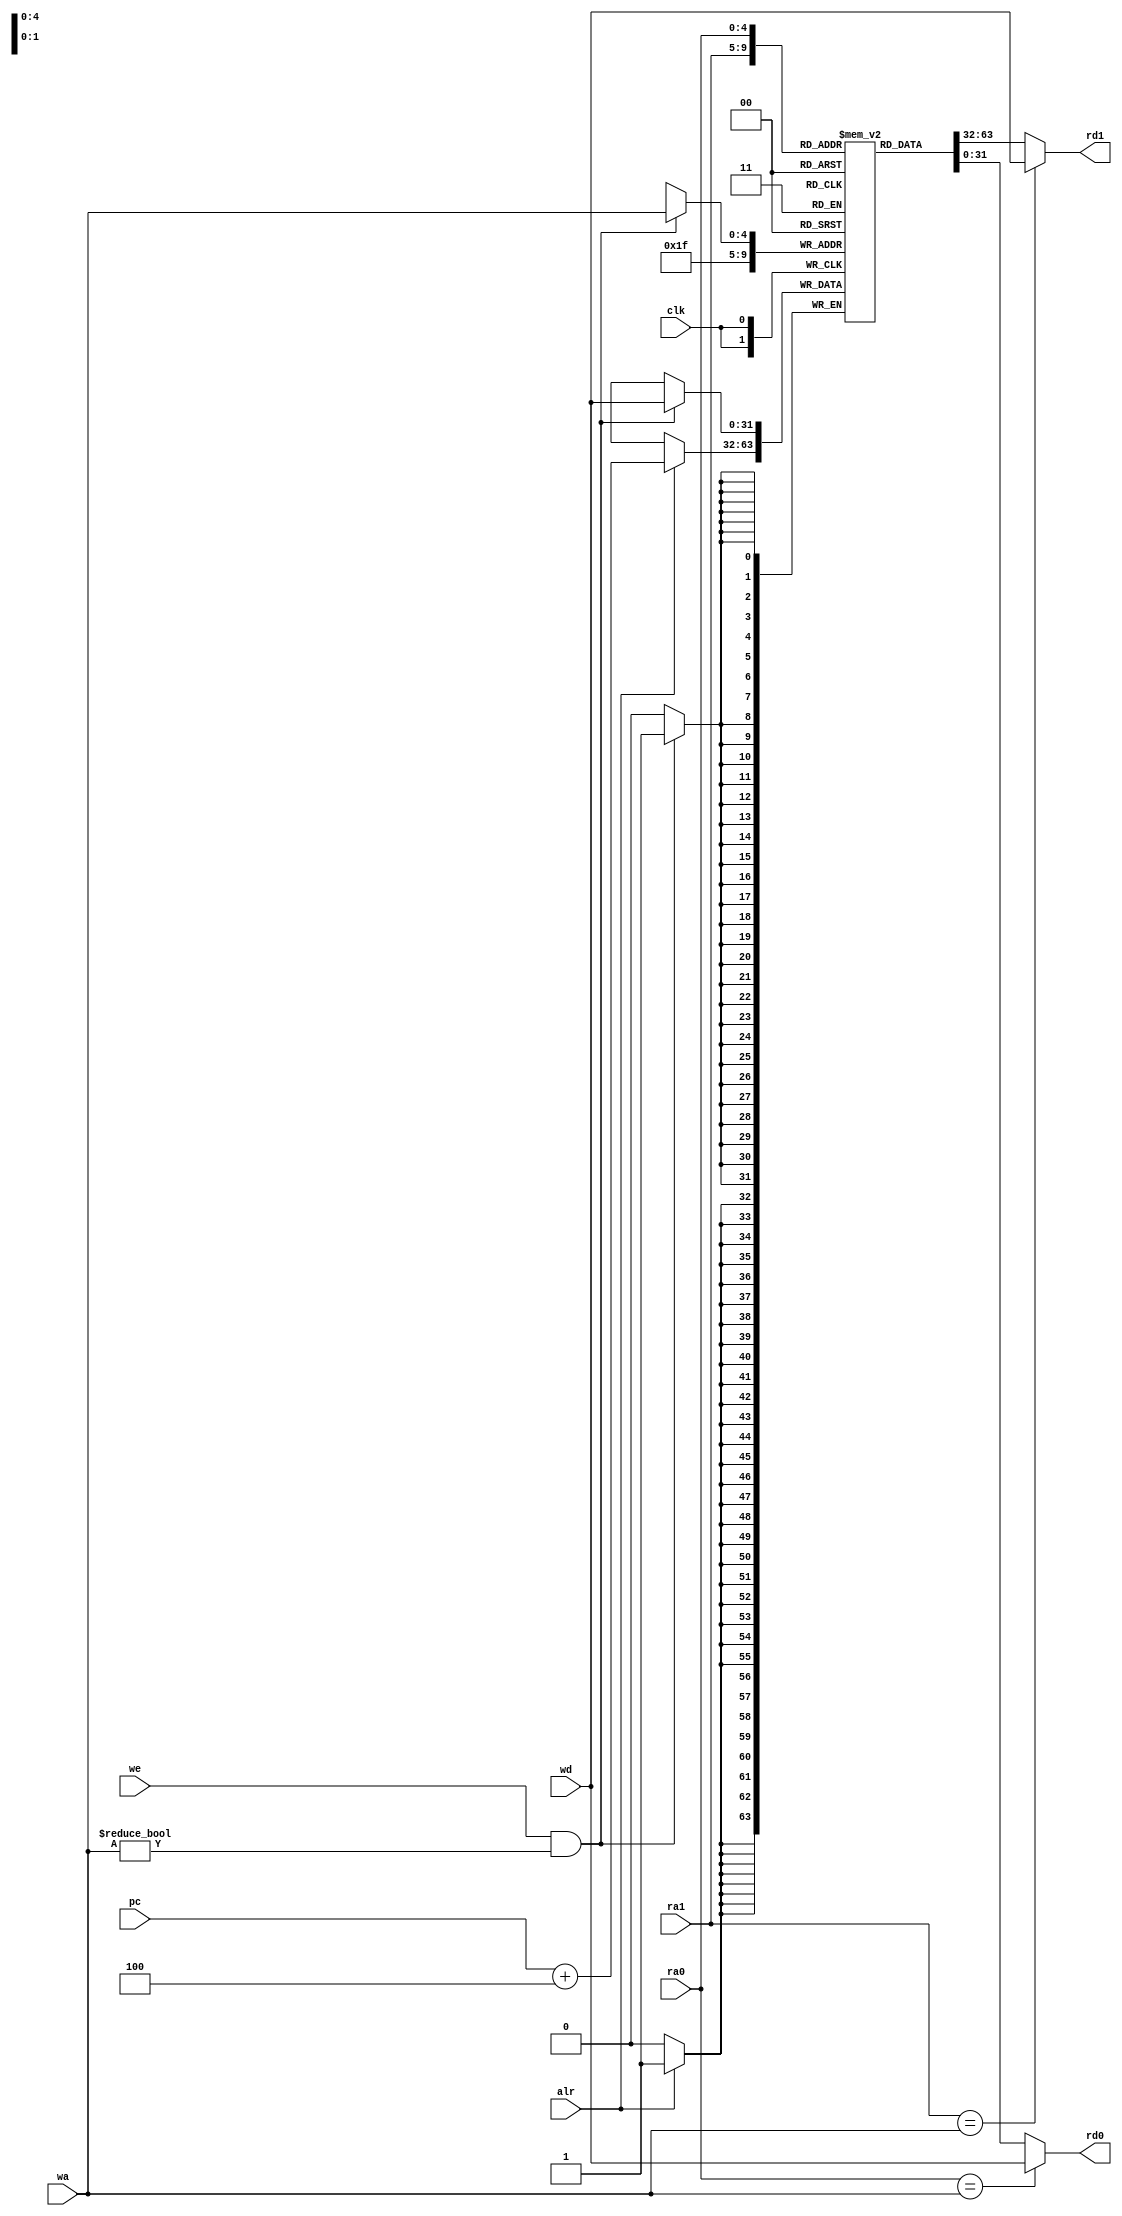
`timescale 1ns / 1ps
//////////////////////////////////////////////////////////////////////////////////
// Company: 
// Engineer: 
// 
// Design Name: 
// Module Name: RF1
// Project Name: 
// Target Devices: 
// Tool Versions: 
// Description: 
// 
// Dependencies: 
// 
// Revision:
// Revision 0.01 - File Created
// Additional Comments:
// 
//////////////////////////////////////////////////////////////////////////////////


module register_file1				//32 x WIDTH
#(parameter WIDTH = 32) 	//
(input clk,						//
input [4:0] ra0,				//0
output [WIDTH-1:0] rd0, 	//0
input [4:0] ra1, 				//1
output [WIDTH-1:0] rd1, 	//1
input [4:0] wa, 				//
input we,					//
input [WIDTH-1:0] wd, 		//
input alr,
input [WIDTH-1:0] pc
);
reg [WIDTH-1:0] r [31:0];
integer i=0;

  initial
  for(i=0;i<32;i=i+1)
  r[i]=0;//0
  always @(posedge clk)
  begin
  if(we==1&&wa!=0) r[wa]<=wd;//
  if(alr) r[31]<=pc+4;
  end
  //0
  //00
  assign rd1=(ra1==wa)?wd:r[ra1];
  assign rd0=(ra0==wa)?wd:r[ra0];//
endmodule